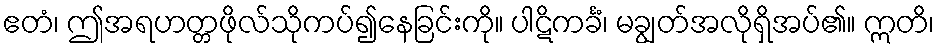
ဧတံ၊ ဤအရဟတ္တဖိုလ်သိုကပ်၍နေခြင်းကို။ ပါဋိကင်္ခံ၊ မချွတ်အလိုရှိအပ်၏။ ဣတိ၊